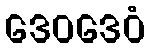
ဒေဝဒေဝံ